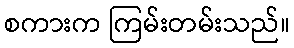
စကားက ကြမ်းတမ်းသည်။